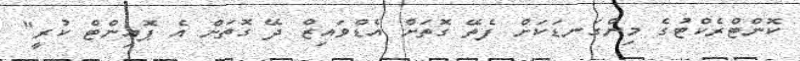
ކޮންޓްރެކްޓުގެ މިންގަނޑަކަށް ފެތޭ ގޮތަށް އެޑްވައިޒް ދޭ ގޮތަށް އެ ޕޮއިންޓް ކުރީ"